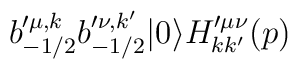
b_{-1/2}^{\prime \mu, k} b_{-1/2}^{\prime \nu,k^\prime} |0\rangle H_{kk^\prime}^{\prime \mu\nu}(p)